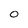
Character: 0